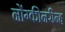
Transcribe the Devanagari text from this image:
नोंग्कीनरीन्ह